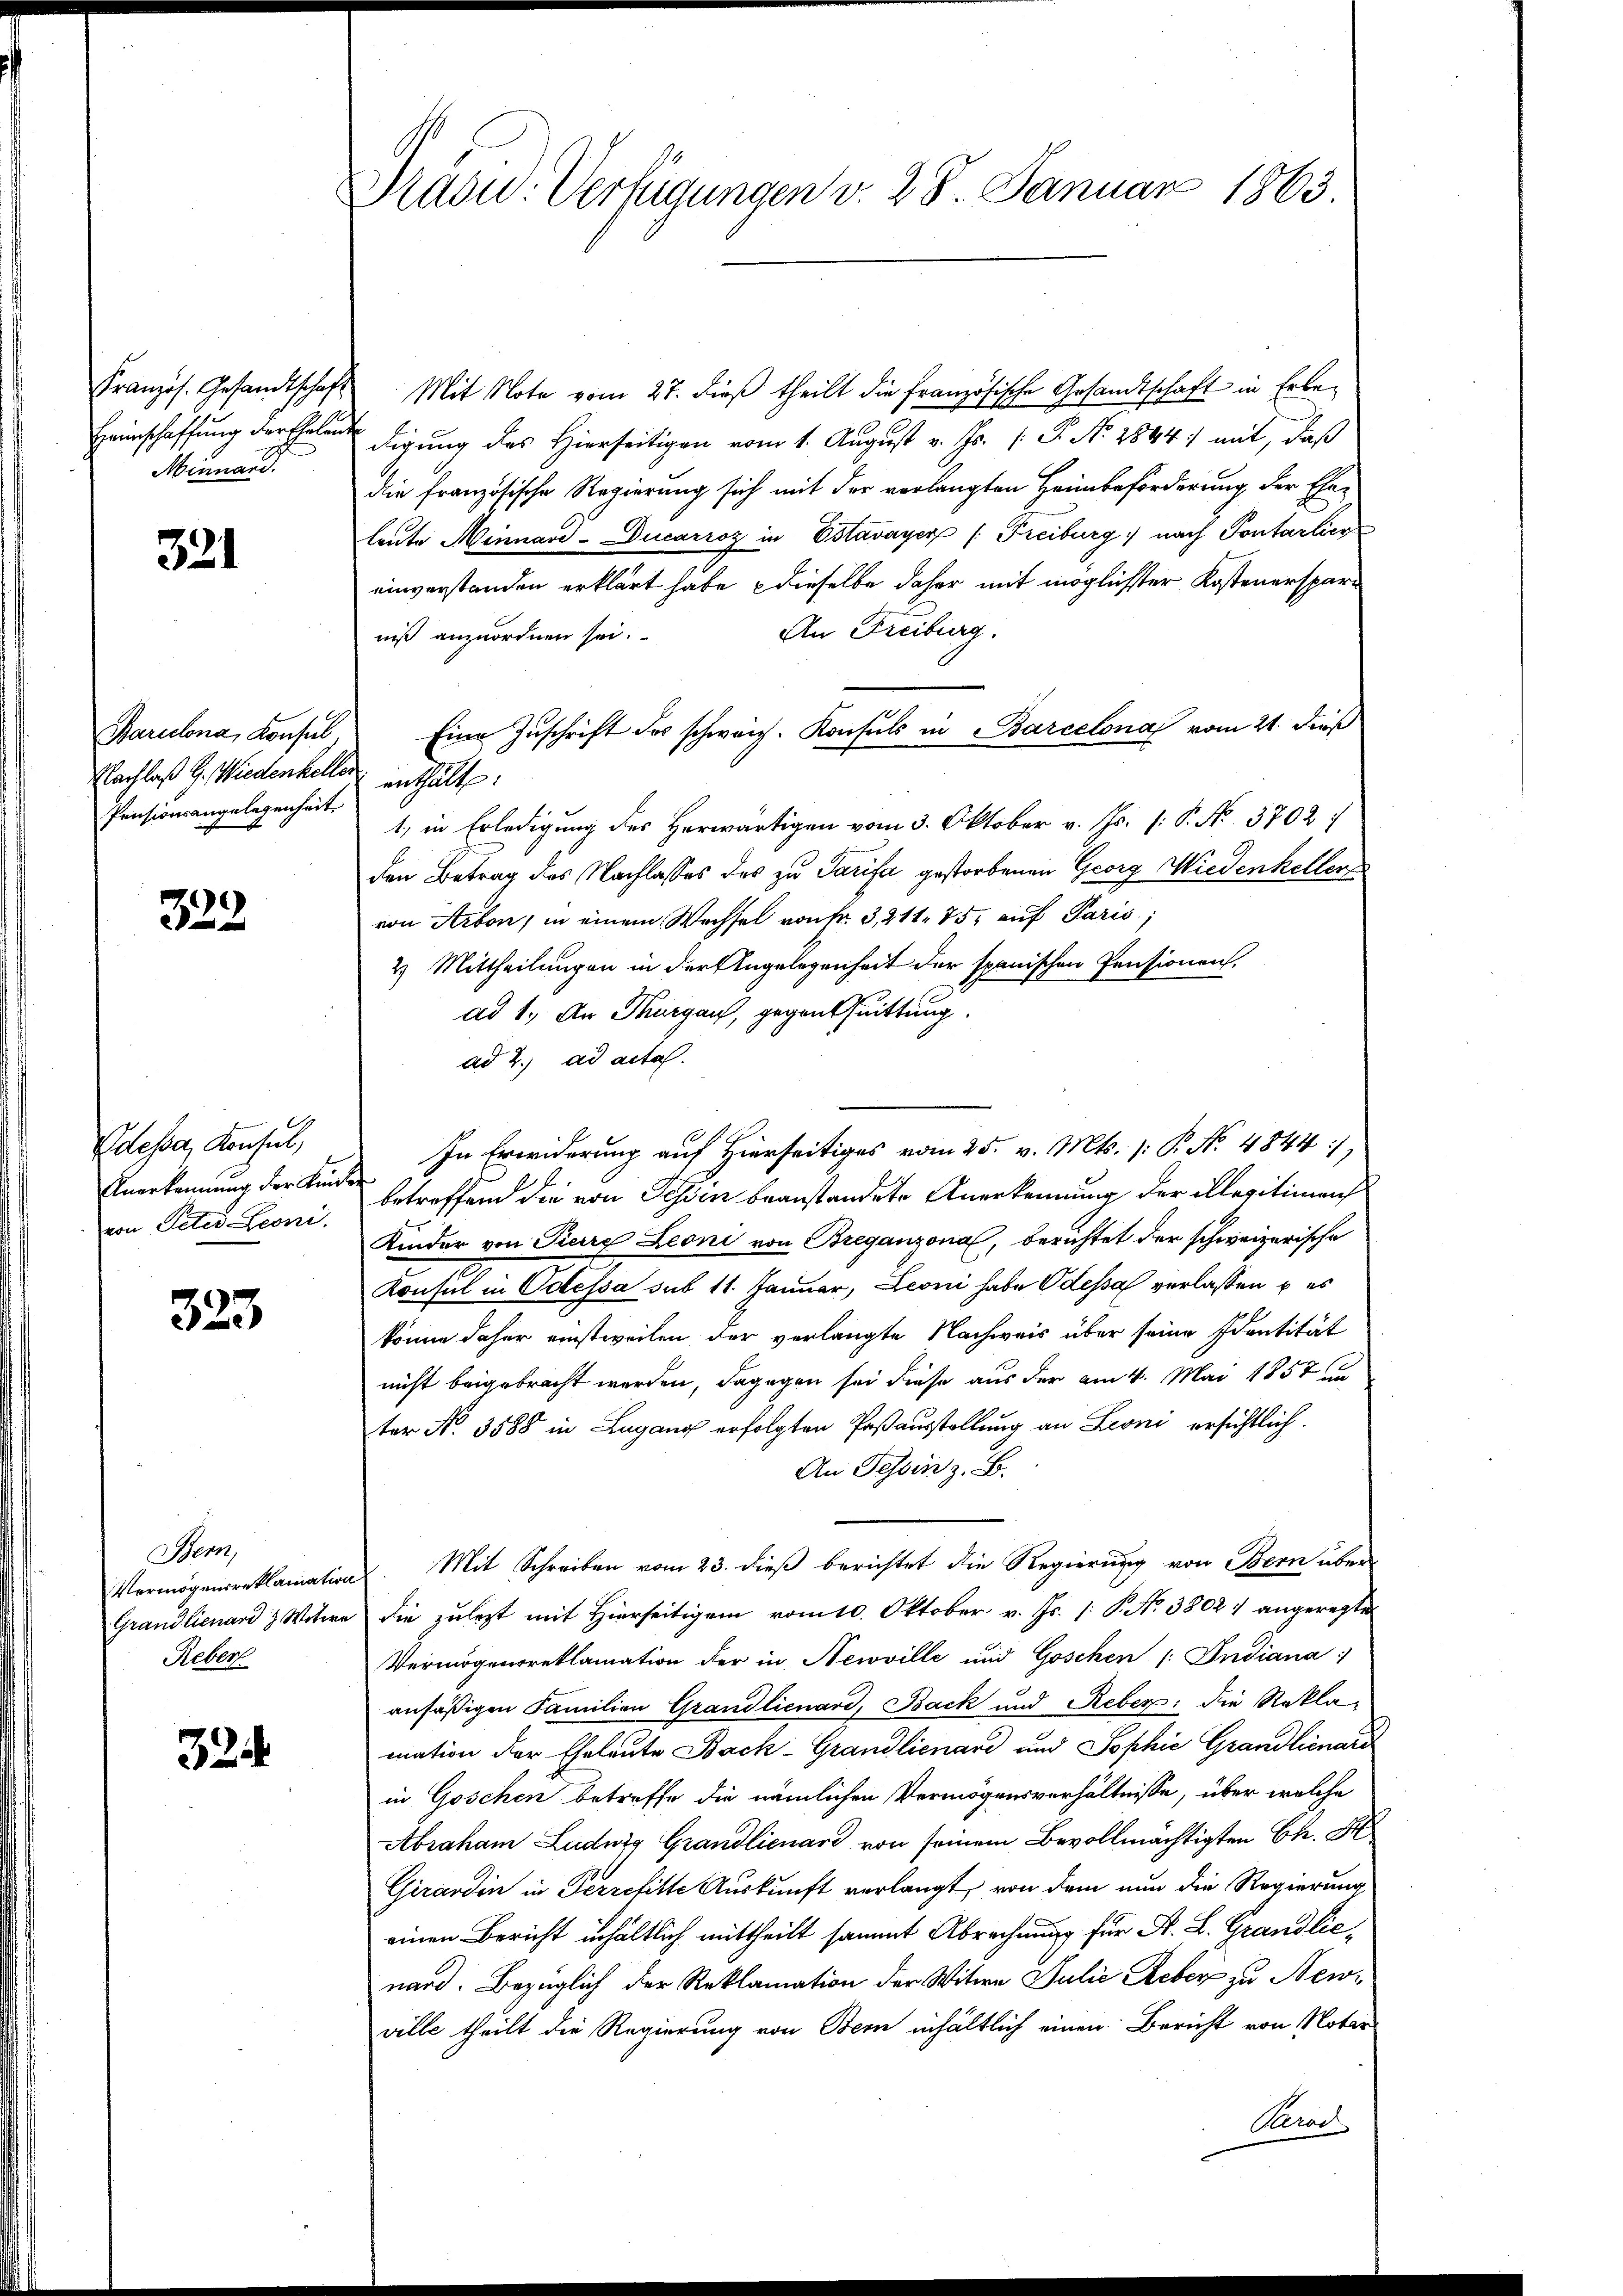
Französ. Gesandtschaft
Heimschaffung der Ehelen
Minnard.

321

Barcelona, Konsul,
Nachlaß G. Wiedenheller
Pensionsangelegenheit.

328

Odesser Konsul,
Anerkennung der Kinde
von Peter Leoni,

323

Stem
Grandlienard & Wotere
Reber

324

Prasid. Verfügungen v. 28. Januar 1863.

Mit Note vom 27. dieß theilt die französische Gesandtschaft in Erbedigung des Hierseitigen vom 1. August v. Js. (T. No. 1844 mit, daß
die französische Regierung sich mit der verlangten Heimbeförderung der Eheleute Minnard-Ducarroz in Estavayer /: Freiburg nach Pontarlier
einverstanden erklärt habe, dieselbe daher mit möglichster Kostenerspar¬
An Freiburg.
niß anzuordnen sei.
Eine Zuschrift des schweiz. Konsuls in Barcelona vom 21. dieß
enthalte:
1, in Erledigung des Herwärtigen vom 3. Oktober v. Js. (: P. No. 3702:
den Betrag des Nachlasses des zu Tarifa gestorbenen Georg Wiedenkeller
von Arbon, in einem Wechsel von Nr. 3, 211. 75, auf Paris;
2.) Mittheilungen in der Angelegenheit der spanischen Pensionen.
ad 1. An Thurgau, gegenthuittung
ad 2. ad acta.
In Erwiderung auf Hierseitiges vom 25. v. Mts. (: P. No 4844),
betreffend die von Sessen beanstandete Anerkennung der illegitimens
Kinder von Pierre Leoni von Breganzona, berichtet der schweizerische
Konsul in Odessa sub 11. Januar, Leoni habe Odessa verlassen u es
könne daher einstweilen der verlangte Nachweis über seine Eventität
nicht beigebracht werden, dagegen sei diese aus der am 4. Mai 1857 in
ter No. 3588 in Lugang erfolgten Paßausstellung an Leoni ersichtlich.
An Tessin z. B.
Vermögensreklamation. Mit Schreiben vom 23. dieβ berichtet die Regierŭng von Bern über-
die zulezt mit Hierseitigem vom 10. Oktober v. Js. [: P. No 3802 1 angeregte
Vermögensreklamation der in Newville und Goschen (: Indiana
ansäßigen Familien Grandlienard, Back und Reber: die Reklamation der Eheleute Back-Grandlienard und Sophie Grandlienari
in Göschen betreffe die nämlichen Vermögensverhältnisse, über welche
Abraham Ludwig Grandlienard, von seinem Bevollmächtigten Ch. S
Girardin in Perrelitte Auskunft verlangt, von dem nun die Regierung
einen Bericht inhaltlich mittheilt sammt Abrechnung für A. L. Grandlic
nard. Bezüglich der Reklamation der Witwe Julie Reber zu New-
ville theilt die Regierung von Bern inhältlich einen Bericht von Notar
Red